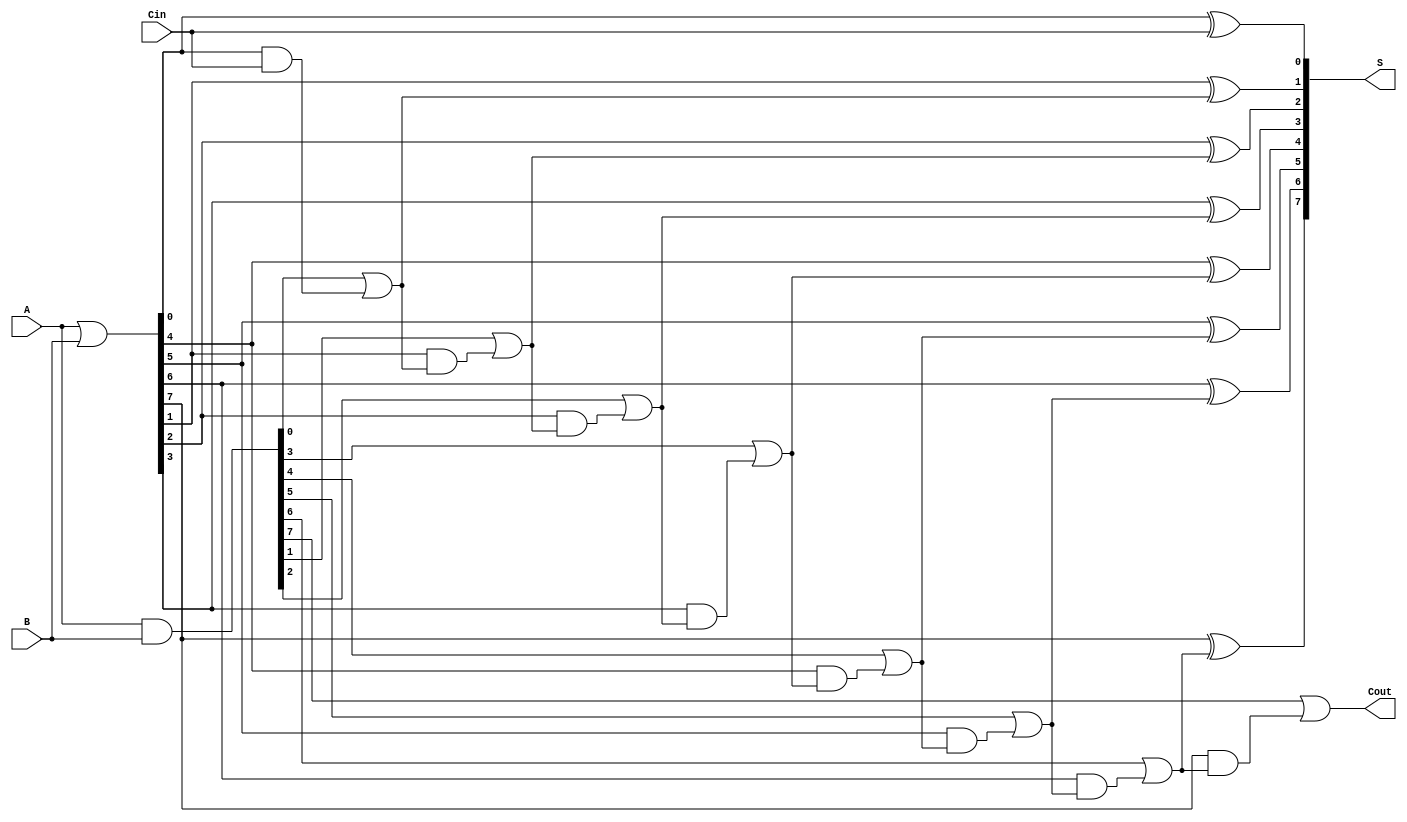
module KoggeStoneAdder #(parameter N = 8) (
    input  [N-1:0] A,      // First n-bit input
    input  [N-1:0] B,      // Second n-bit input
    input         Cin,      // Carry-in
    output [N-1:0] S,      // n-bit sum output
    output        Cout      // Carry-out
);

    wire [N-1:0] G;        // Generate signals
    wire [N-1:0] P;        // Propagate signals
    wire [N:0] C;          // Carry signals

    // Generate and Propagate signals
    assign G = A & B;      // G[i] = A[i] & B[i]
    assign P = A | B;      // P[i] = A[i] | B[i]

    // Carry signals computation
    assign C[0] = Cin;     // C[0] = Cin

    genvar i, j;
    generate
        // Kogge-Stone carry computation
        for (i = 0; i < N; i = i + 1) begin : stage
            if (i == 0) begin
                assign C[i + 1] = G[i] | (P[i] & C[i]); // C[1] = G[0] | (P[0] & C[0])
            end else begin
                assign C[i + 1] = G[i] | (P[i] & C[i]); // C[i + 1] = G[i] | (P[i] & C[i])
            end
        end
    endgenerate

    // Sum computation
    generate
        for (j = 0; j < N; j = j + 1) begin : sum
            assign S[j] = P[j] ^ C[j]; // S[i] = P[i] ^ C[i]
        end
    endgenerate

    // Carry-out
    assign Cout = C[N]; // Cout is the carry out from the last stage

endmodule